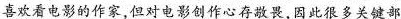
喜欢看电影的作家但对电影创作心存敬畏因此很多关键部